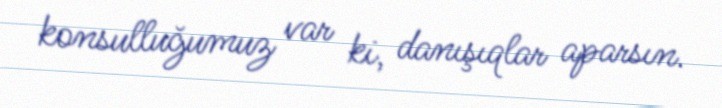
konsulluğumuz var ki, danışıqlar aparsın.